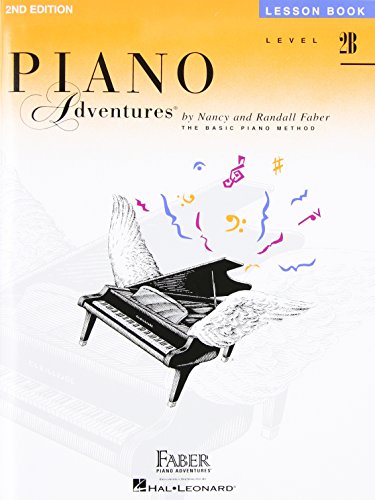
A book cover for Level 2B - Lesson Book: Piano Adventures; Humor & Entertainment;